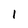
Character: 1